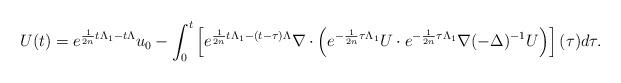
LaTeX: \begin{align*} U(t)=e^{\frac{1}{2n}t\Lambda_{1}-t\Lambda}u_{0}-\int_{0}^{t}\left[e^{\frac{1}{2n}t\Lambda_{1}-(t-\tau)\Lambda}\nabla\cdot \left (e^{-\frac{1}{2n}\tau\Lambda_{1}}U\cdot e^{-\frac{1}{2n}\tau\Lambda_{1}}\nabla(-\Delta)^{-1}U\right)\right](\tau)d\tau.\end{align*}